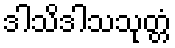
ဒါသိဒါသသုတ္တံ